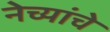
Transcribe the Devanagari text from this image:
नेच्यांचे